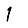
Digit: 1